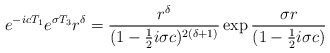
\begin{align*}e^{-icT_1}e^{\sigma T_3}r^\delta = {r^\delta\over (1-{1\over 2}i\sigma c)^{2(\delta + 1)}}\exp {{\sigma r \over (1-{1\over 2}i\sigma c)}}\end{align*}